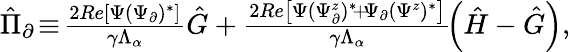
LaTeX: \begin{array}{r}{\hat{\Pi}_{\partial}\! \equiv\! \frac{2\textit{Re}\left[\Psi({\Psi}_{\partial})^{*}\right]}{\gamma\Lambda_{\alpha}}\hat{G}+\frac{2\textit{Re}\left[\Psi(\Psi_{\partial}^{z})^{*}\! +\! \Psi_{\partial}(\Psi^{z})^{*}\right]}{\gamma\Lambda_{\alpha}}\! \left(\hat{H}-\hat{G}\right),}\end{array}